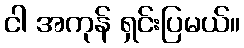
ငါ အကုန် ရှင်းပြမယ်။